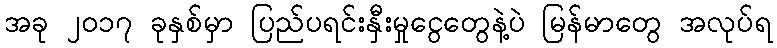
အခု ၂၀၁၇ ခုနှစ်မှာ ပြည်ပရင်းနှီးမှုငွေတွေနဲ့ပဲ မြန်မာတွေ အလုပ်ရ